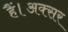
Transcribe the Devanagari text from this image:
हैं।अक्सर